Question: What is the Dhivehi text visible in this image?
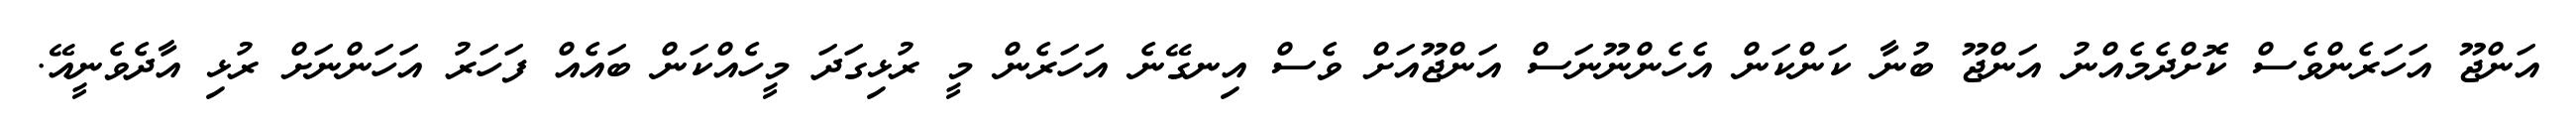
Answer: އަންޖޫ އަހަރެންވެސް ކޮށްދެމެއްނު އަންޖޫ ބުނާ ކަންކަން އެހެންނޫނަސް އަންޖޫއަށް ވެސް އިނގޭނެ އަހަރެން މީ ރުޅިގަދަ މީހެއްކަން ބައެއް ފަހަރު އަހަންނަށް ރުޅި އާދެވެނީއޭ.